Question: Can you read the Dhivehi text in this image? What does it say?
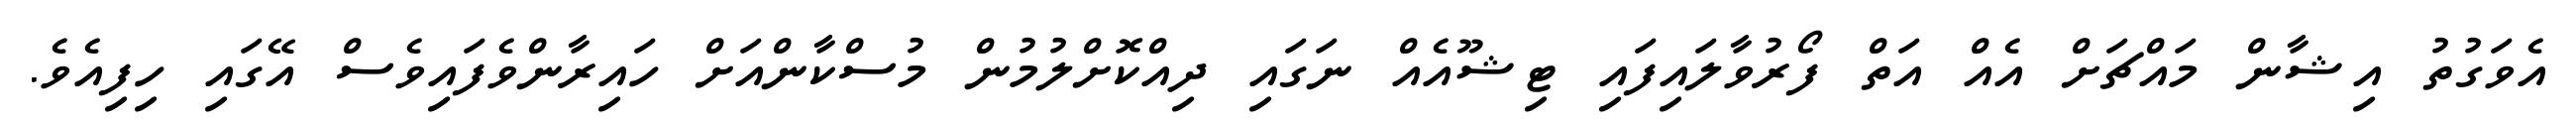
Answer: އެވަގުތު އިޝާން މައްޗަށް އެއް އަތް ފޯރުވާލައިފައި ޓިޝޫއެއް ނަގައި ދިއްކޮށްލުމުން މުސްކާންއަށް ހައިރާންވެފައިވެސް އޭގައި ހިފިއެވެ.